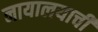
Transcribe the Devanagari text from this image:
नायालयाची